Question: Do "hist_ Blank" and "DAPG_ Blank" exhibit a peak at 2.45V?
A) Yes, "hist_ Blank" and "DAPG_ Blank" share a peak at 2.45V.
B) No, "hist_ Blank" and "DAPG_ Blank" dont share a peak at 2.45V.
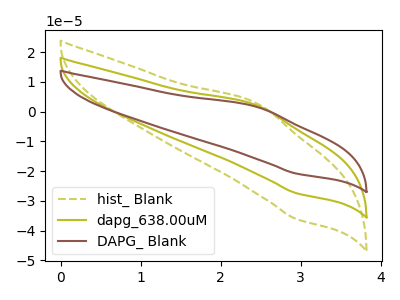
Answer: <think>The olive dashed curve "hist_ Blank" has an anodic peak at (2.45V, 4.25uA) and a cathodic peak at (2.95V, -54.80uA). The olive curve "dapg_638.00uM" has an anodic peak at (2.45V, 2.10uA) and a cathodic peak at (2.95V, -27.40uA). The brown curve "DAPG_ Blank" has an anodic peak at (2.45V, 1.60uA) and a cathodic peak at (2.95V, -20.80uA).</think>
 <answer>A) Yes, "hist_ Blank" and "DAPG_ Blank" share a peak at 2.45V.</answer>
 <eval>A</eval>